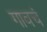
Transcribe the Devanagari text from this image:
गावचं